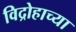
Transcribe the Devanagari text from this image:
विद्रोहाच्या